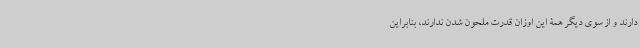
دارند و از سوی دیگر همۀ این اوزان قدرت ملحون شدن ندارند، بنابراین